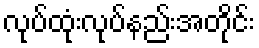
လုပ်ထုံးလုပ်နည်းအတိုင်း